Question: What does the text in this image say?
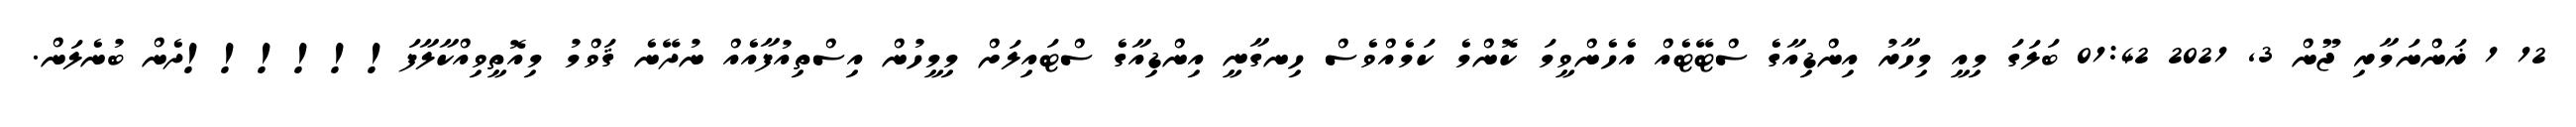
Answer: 12 1 ޜަންނަމާރި ޖޫން 3, 2021 01:42 ބަލަގަ މިއީ މިހާރު އިންޑިއާގެ ސްޓޭޓެއް އެހެންވީމަ ކޮންމެ ކަމެއްވެސް ހިނގާނީ އިންޑިއާގެ ސްޓައިލަށް މިމީހުން އިސްތިއުފާއެއް ނުދޭނެ ޤަވްމު މިއޮތީވިއްކާލާފަ!!!!!!ދެން ބުނެލަން.